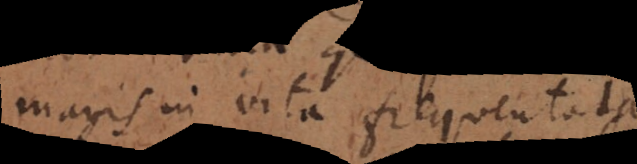
magis in vita frequentatas